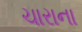
ચારાના